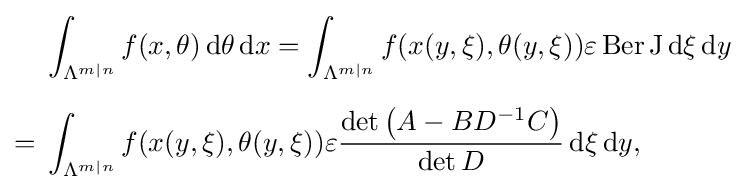
{\begin{aligned}&\int _{\Lambda ^{m\mid n}}f(x,\theta )\,\mathrm {d} \theta \,\mathrm {d} x=\int _{\Lambda ^{m\mid n}}f(x(y,\xi ),\theta (y,\xi ))\varepsilon \operatorname {Ber} \mathrm {J} \,\mathrm {d} \xi \,\mathrm {d} y\\[6pt]={}&\int _{\Lambda ^{m\mid n}}f(x(y,\xi ),\theta (y,\xi ))\varepsilon {\frac {\det \left(A-BD^{-1}C\right)}{\det D}}\,\mathrm {d} \xi \,\mathrm {d} y,\end{aligned}}